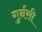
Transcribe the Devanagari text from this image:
गुर्नसी